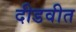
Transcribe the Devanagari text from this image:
दीडवीत